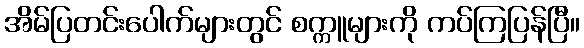
အိမ်ပြတင်းပေါက်များတွင် စက္ကူများကို ကပ်ကြပြန်ပြီ။